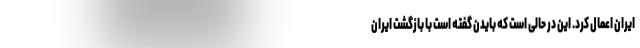
ایران اعمال کرد. این در حالی است که بایدن گفته است با بازگشت ایران